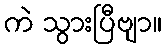
ကဲ သွားပြီဗျာ။